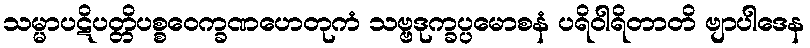
သမ္မာပဋိပတ္တိပစ္စဝေက္ခဏဟေတုကံ သဗ္ဗဒုက္ခပ္ပမောစနံ ပရိဝါရိတာတိ ဗျာပါဒေန